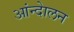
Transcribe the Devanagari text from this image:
आंन्देालन